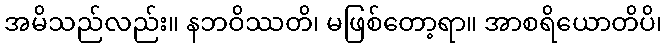
အမိသည်လည်း။ နဘဝိဿတိ၊ မဖြစ်တော့ရာ။ အာစရိယောတိပိ၊